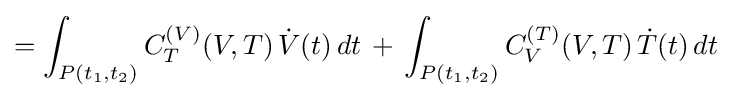
=\int _{P(t_{1},t_{2})}C_{T}^{(V)}(V,T)\,{\dot {V}}(t)\,dt\,+\,\int _{P(t_{1},t_{2})}C_{V}^{(T)}(V,T)\,{\dot {T}}(t)\,dt